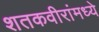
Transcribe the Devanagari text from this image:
शतकवीरांमध्ये